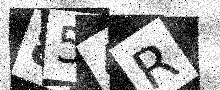
Text: 854R